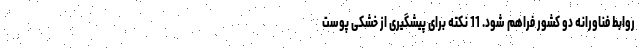
روابط فناورانه دو کشور فراهم شود. 11 نکته برای پیشگیری از خشکی پوست